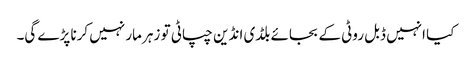
کیا انہیں ڈبل روٹی کے بجائے بلڈی انڈین چپاٹی تو زہر مار نہیں کرنا پڑے گی۔